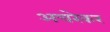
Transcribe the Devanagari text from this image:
अचरेकर